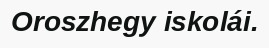
Oroszhegy iskolái.